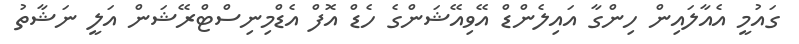
ގައުމީ އެއާލައިން ހިންގާ އައިލެންޑް އޭވިއޭޝަންގެ ހެޑް އޮފް އެޑްމިނިސްޓްރޭޝަން އަލީ ނަޝާތު